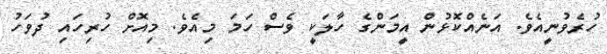
ހުރެވުނީއެވެ. އަނެއްކޮޅުން އީމަންގެ ހާލަކީ ވެސް ހަމަ މިއެވެ. މިއޮށް ހުރިހައި ދުވަހު